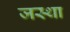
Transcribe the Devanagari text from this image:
जस्था